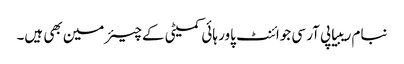
نبام ریبیا پی آر سی جوائنٹ پاور ہائی کمیٹی کےچیئرمین بھی ہیں۔